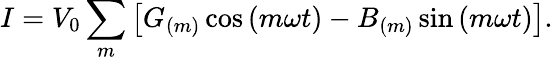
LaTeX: I=V_{0}\sum_{m}\left[G_{(m)}\cos\left(m\omega t\right)-B_{(m)}\sin\left(m\omega t\right)\right].